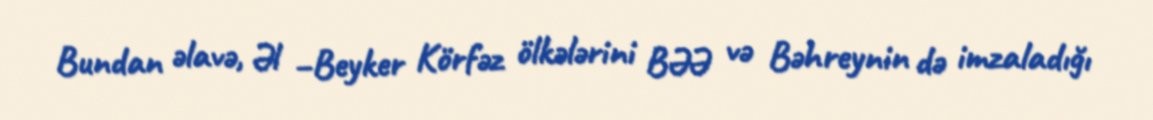
Bundan əlavə, Əl –Beyker Körfəz ölkələrini BƏƏ və Bəhreynin də imzaladığı